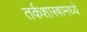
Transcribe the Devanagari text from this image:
तर्कशास्त्रामध्ये